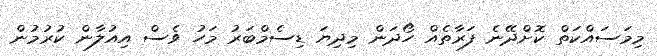
މިމަސައްކަތް ކޮށްދޭނެ ފަރާތެއް ހޯދަން މިދިޔަ ޑިސެމްބަރު މަހު ވެސް އިއުލާން ކުރުމުން